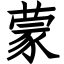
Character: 蒙